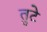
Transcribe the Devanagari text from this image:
तुटे